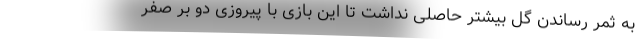
به ثمر رساندن گل بیشتر حاصلی نداشت تا این بازی با پیروزی دو بر صفر